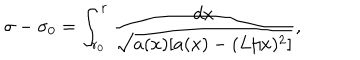
\sigma - \sigma _ { 0 } = \int _ { r _ { 0 } } ^ { r } \frac { d x } { \sqrt { a ( x ) [ a ( x ) - ( L / x ) ^ { 2 } ] } } ,